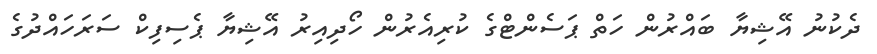
ދެކުނު އޭޝިޔާ ބައްރުން ހަތް ޕަސެންޓްގެ ކުރިއެރުން ހޯދިއިރު އޭޝިޔާ ޕެސިފިކް ސަރަހައްދުގެ